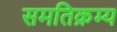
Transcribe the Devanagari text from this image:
समतिक्रम्य